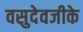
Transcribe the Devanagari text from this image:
वसुदेवजीके